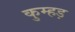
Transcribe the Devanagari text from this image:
कुम्हड़